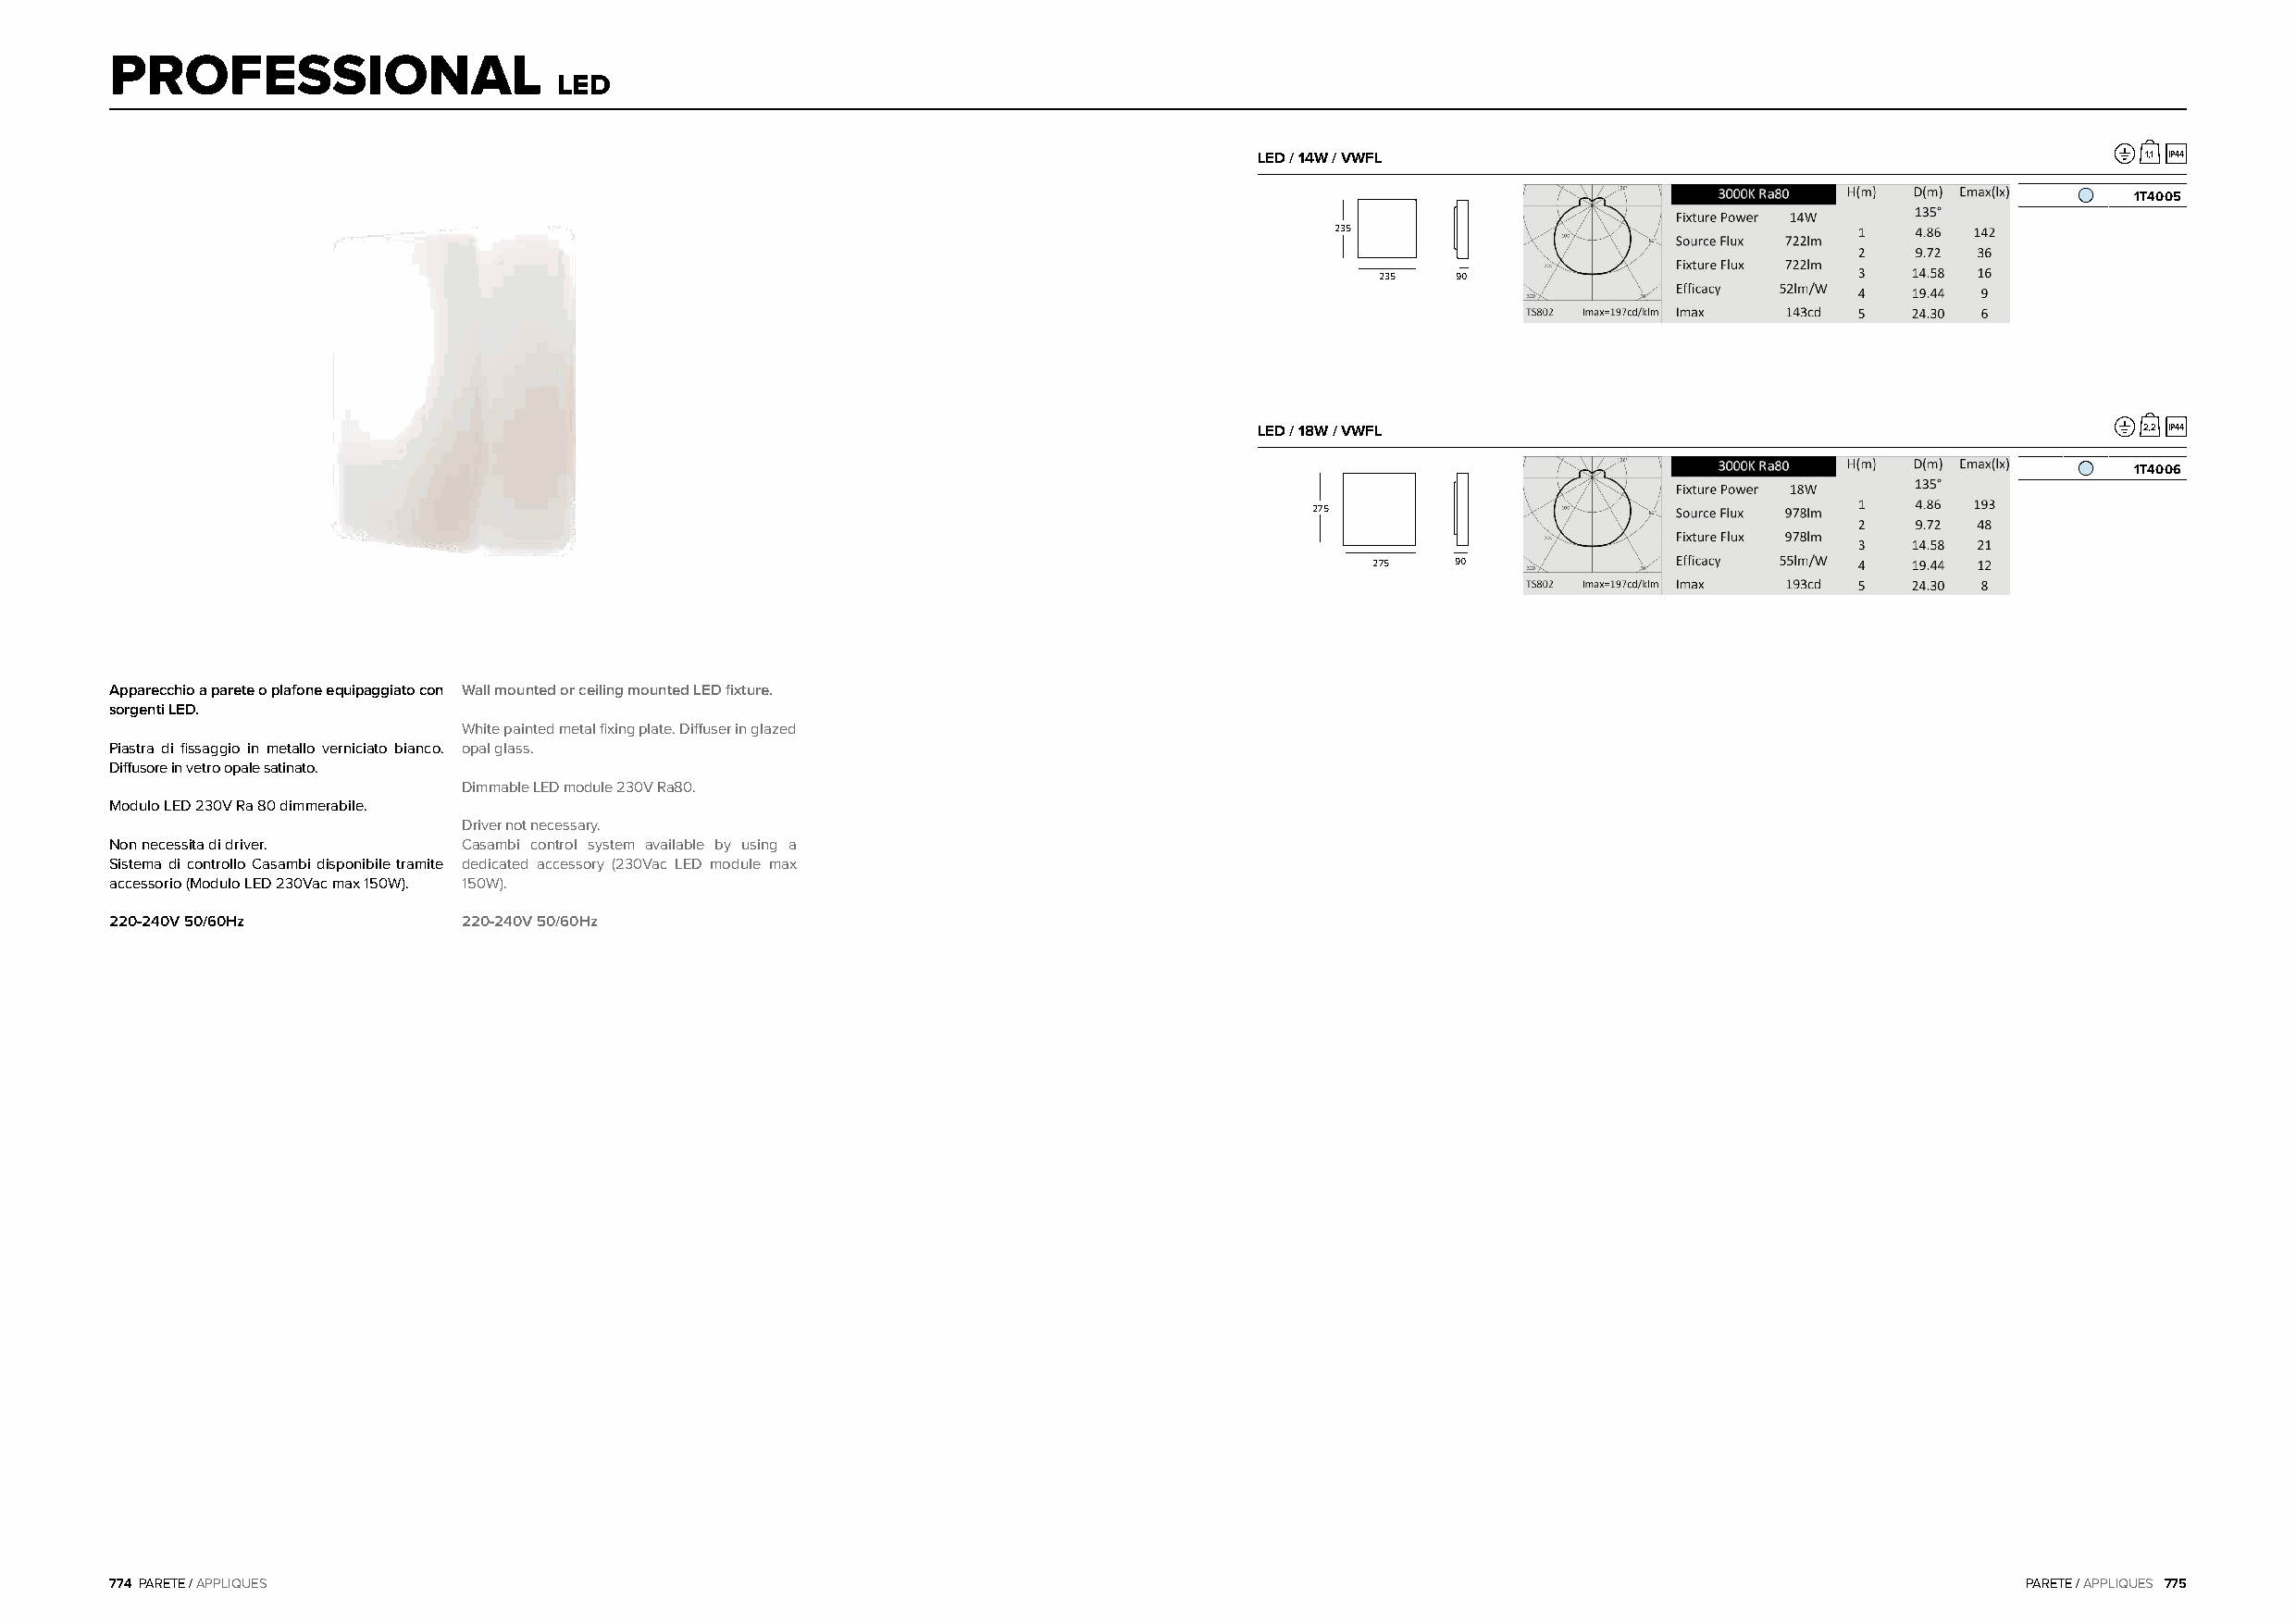
PROFESSIONAL
 LED
 LED / 14W / VWFL                                               1,1 IP44
 1T4005
 235
 235  90
 LED / 18W / VWFL                                               2,2 IP44
 1T4006
 275
 275   90
 Apparecchio a parete o plafone equipaggiato con Wall mounted or ceiling mounted LED fixture.
 sorgenti LED.
 White painted metal fixing plate. Diffuser in glazed
 Piastra di fissaggio in metallo verniciato bianco. opal glass.
 Diffusore in vetro opale satinato.
 Dimmable LED module 230V Ra80.
 Modulo LED 230V Ra 80 dimmerabile.
 Driver not necessary.
 Non necessita di driver. Casambi control system available by using a
 Sistema di controllo Casambi disponibile tramite dedicated accessory (230Vac LED module max
 accessorio (Modulo LED 230Vac max 150W). 150W).
 220-240V 50/60Hz         220-240V 50/60Hz
 774 PARETE / APPLIQUES                                                                                                                   PARETE / APPLIQUES 775